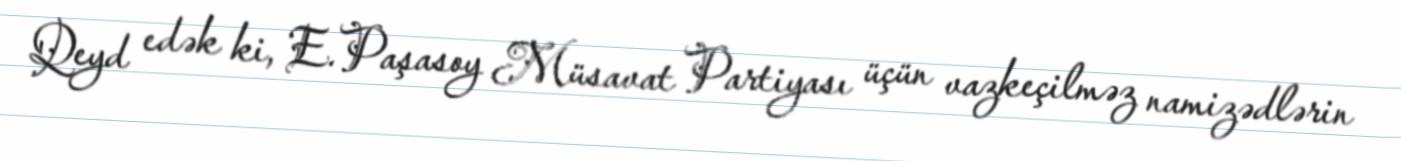
Qeyd edək ki, E.Paşasoy Müsavat Partiyası üçün vazkeçilməz namizədlərin